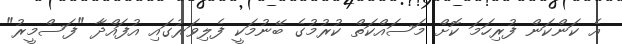
އެ ކަންކަން ފުރިހަމަ ކޮށް މަސައްކަތް ކުރުމުގެ ބޭނުމަކީ ފެލިވަރުގައި އުފައްދާ "ފަސްމީރު"